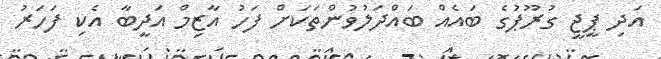
އަދި ޕީޖީ ގުރޫޕުގެ ބައެއް ބައްދަލުވުންތަކަށް ފަހު އާޒިމް އަދީބާ އެކި ފަހަރު